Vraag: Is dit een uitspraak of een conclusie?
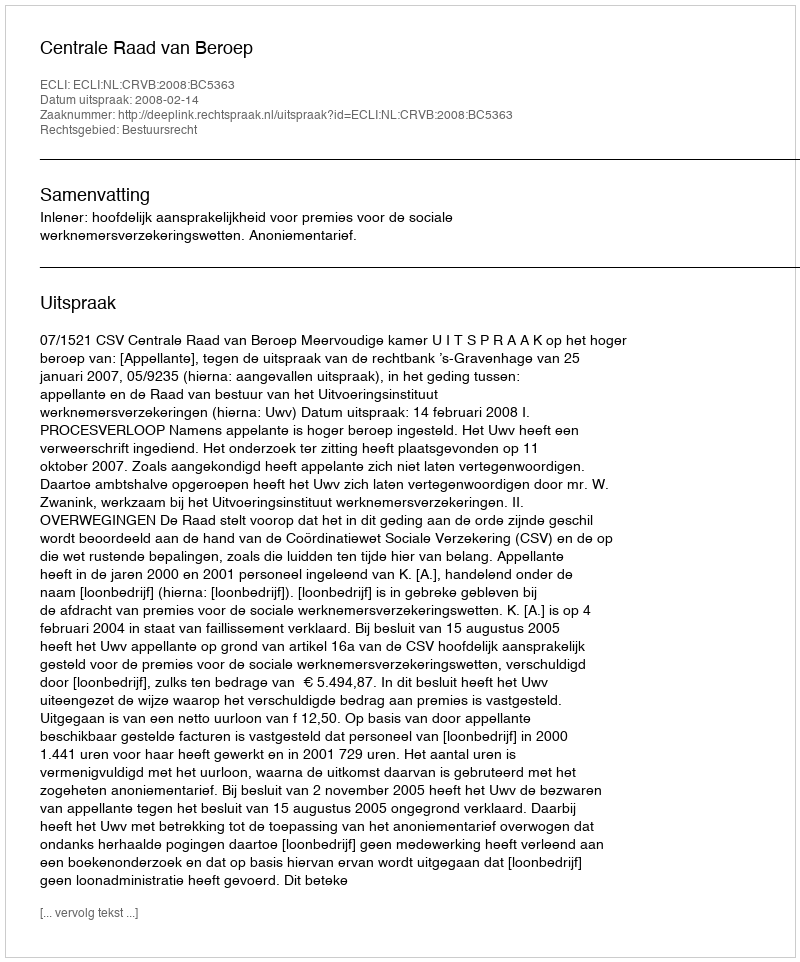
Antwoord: Uitspraak